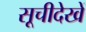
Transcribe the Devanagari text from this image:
सूचीदेखें